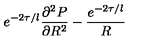
e ^ { - 2 \tau / l } \frac { \partial ^ { 2 } P } { \partial R ^ { 2 } } - \frac { e ^ { - 2 \tau / l } } { R }